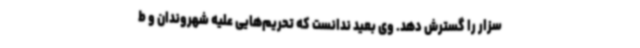
سزار را گسترش دهد. وی بعید ندانست که تحریم‌هایی علیه شهروندان و ط